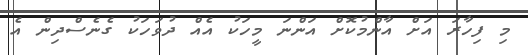
މި ފިހާރަ އަށް އާންމުކޮށް އަންނަ މީހަކު އެއް ދުވަހަކު ގެނެސްދިން އެ